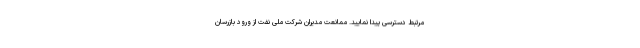
مرتبط دسترسی پیدا نمایید. ممانعت مدیران شرکت ملی نفت از ورود بازرسان